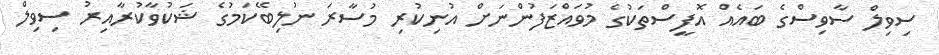
ސިވިލް ސާވިސްގެ ބައެއް އޮފީސްތަކުގެ މުވައްޒަފުންނަށް އުނިކުރި މުސާރަ ނުލިބޭކަމުގެ ޝަކުވާކުރާއިރު ސިވިލް